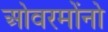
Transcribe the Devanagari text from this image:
ओवरमोंनो